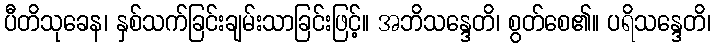
ပီတိသုခေန၊ နှစ်သက်ခြင်းချမ်းသာခြင်းဖြင့်။ အဘိသန္ဒေတိ၊ စွတ်စေ၏။ ပရိသန္ဒေတိ၊